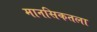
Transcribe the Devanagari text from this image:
मानसिकतला